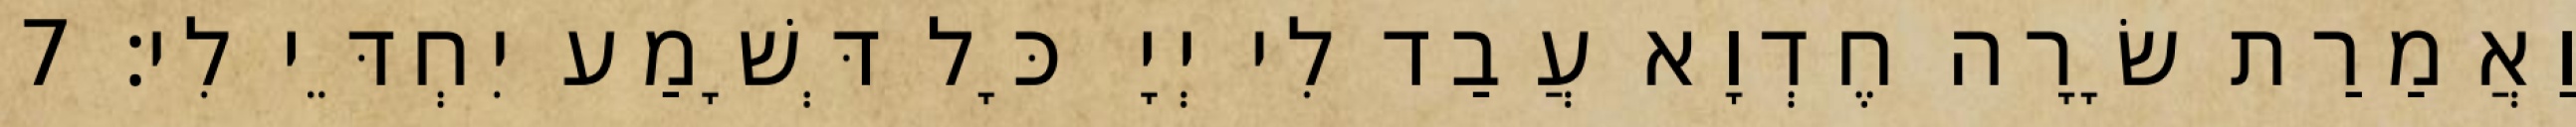
וַאֲמַרַת שָׂרָה חֶדְוָא עֲבַד לִי יְיָ כָּל דְּשָׁמַע יִחְדֵּי לִי׃ 7